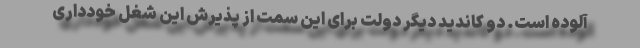
آلوده است. دو کاندید دیگر دولت برای این سمت از پذیرش این شغل خودداری